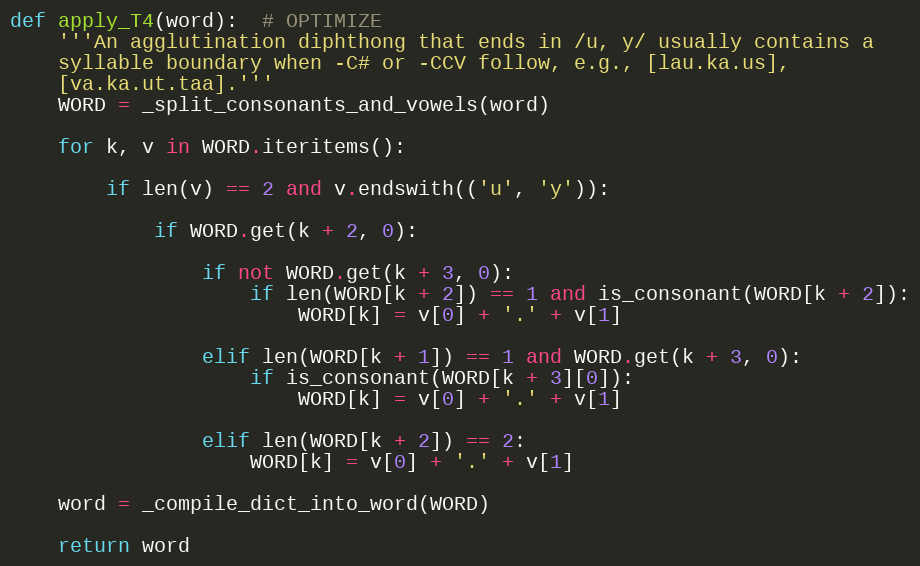
Language: Python
def apply_T4(word):  # OPTIMIZE
    '''An agglutination diphthong that ends in /u, y/ usually contains a
    syllable boundary when -C# or -CCV follow, e.g., [lau.ka.us],
    [va.ka.ut.taa].'''
    WORD = _split_consonants_and_vowels(word)

    for k, v in WORD.iteritems():

        if len(v) == 2 and v.endswith(('u', 'y')):

            if WORD.get(k + 2, 0):

                if not WORD.get(k + 3, 0):
                    if len(WORD[k + 2]) == 1 and is_consonant(WORD[k + 2]):
                        WORD[k] = v[0] + '.' + v[1]

                elif len(WORD[k + 1]) == 1 and WORD.get(k + 3, 0):
                    if is_consonant(WORD[k + 3][0]):
                        WORD[k] = v[0] + '.' + v[1]

                elif len(WORD[k + 2]) == 2:
                    WORD[k] = v[0] + '.' + v[1]

    word = _compile_dict_into_word(WORD)

    return word